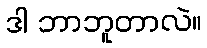
ဒါ ဘာဘူတာလဲ။